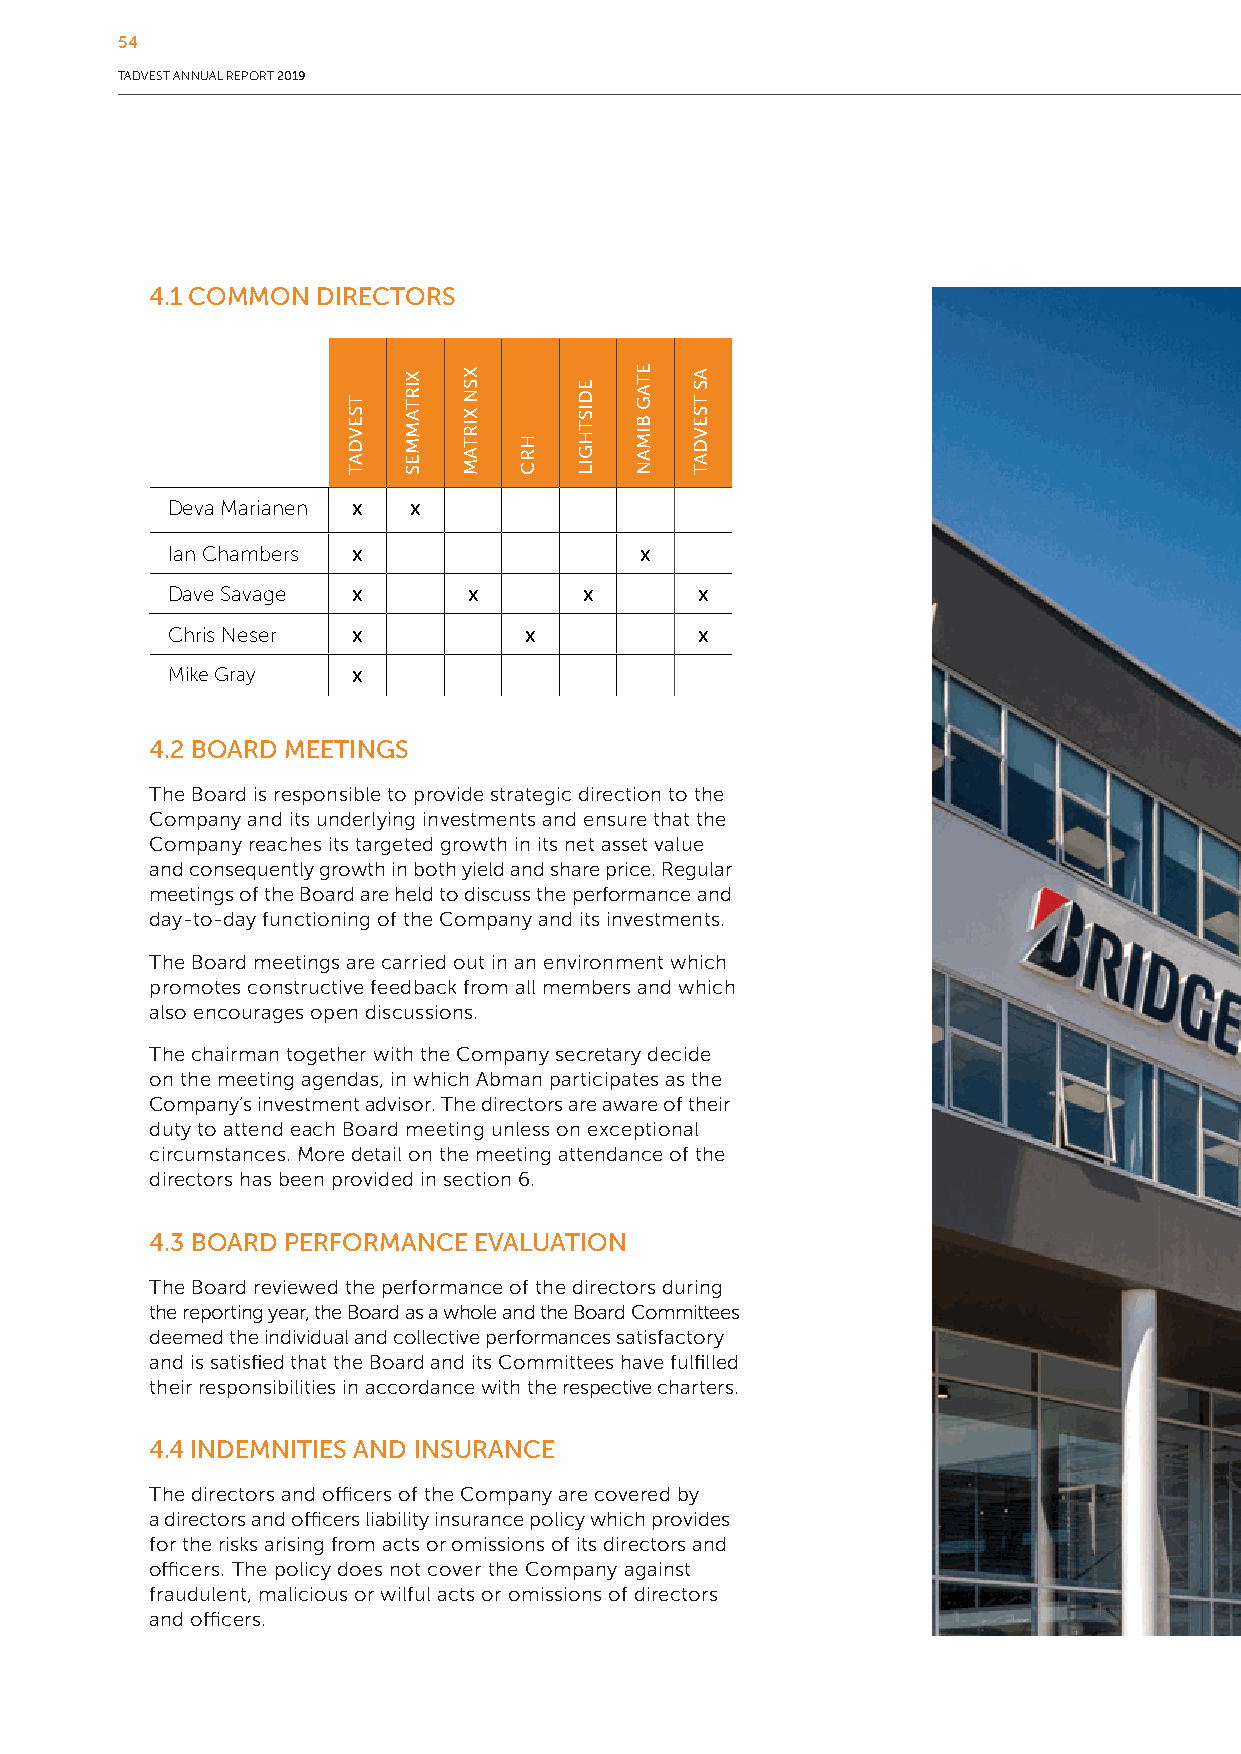
54
 TADVEST ANNUAL REPORT 2019
 4.1 COMMON DIRECTORS
 Deva Marianen x x
 Ian Chambers x                 x
 Dave Savage x       x       x      x
 Chris Neser x           x          x
 Mike Gray   x
 4.2 BOARD MEETINGS
 The Board is responsible to provide strategic direction to the
 Company and its underlying investments and ensure that the
 Company reaches its targeted growth in its net asset value
 and consequently growth in both yield and share price. Regular
 meetings of the Board are held to discuss the performance and
 day-to-day functioning of the Company and its investments.
 The Board meetings are carried out in an environment which
 promotes constructive feedback from all members and which
 also encourages open discussions.
 The chairman together with the Company secretary decide
 on the meeting agendas, in which Abman participates as the
 Company’s investment advisor. The directors are aware of their
 duty to attend each Board meeting unless on exceptional
 circumstances. More detail on the meeting attendance of the
 directors has been provided in section 6.
 4.3 BOARD PERFORMANCE EVALUATION
 The Board reviewed the performance of the directors during
 the reporting year, the Board as a whole and the Board Committees
 deemed the individual and collective performances satisfactory
 and is satisfied that the Board and its Committees have fulfilled
 their responsibilities in accordance with the respective charters.
 4.4 INDEMNITIES AND INSURANCE
 The directors and officers of the Company are covered by
 a directors and officers liability insurance policy which provides
 for the risks arising from acts or omissions of its directors and
 officers. The policy does not cover the Company against
 fraudulent, malicious or wilful acts or omissions of directors
 and officers.
 TSEVDAT
 XIRTAMMES XSN
 XIRTAM
 HRC
 EDISTHGIL
 ETAG
 BIMAN
 AS
 TSEVDAT